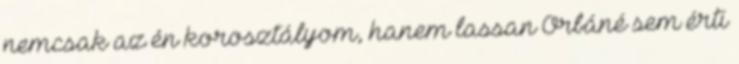
nemcsak az én korosztályom, hanem lassan Orbáné sem érti